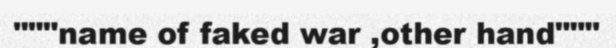
"""name of faked war ,other hand"""